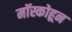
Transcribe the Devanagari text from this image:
मॉस्कोहून